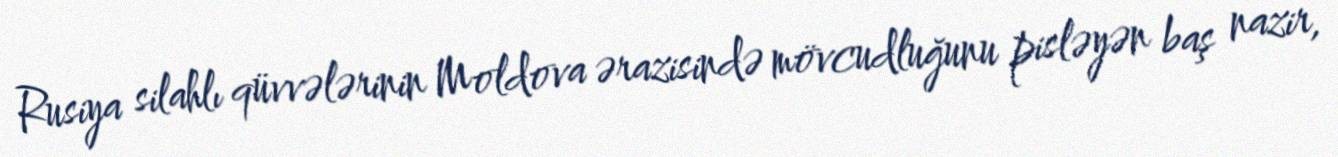
Rusiya silahlı qüvvələrinin Moldova ərazisində mövcudluğunu pisləyən baş nazir,